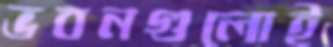
ভবনগুলোই